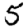
Digit: 5